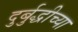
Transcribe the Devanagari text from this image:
दुर्बुद्धीच्या